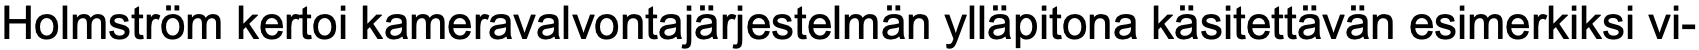
Holmström kertoi kameravalvontajärjestelmän ylläpitona käsitettävän esimerkiksi vi-